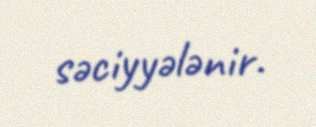
səciyyələnir.